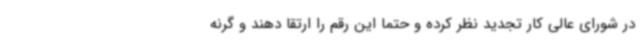
در شورای عالی کار تجدید نظر کرده و حتماً این رقم را ارتقا دهند و گرنه